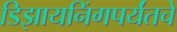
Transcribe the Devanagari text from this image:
डिझायनिंगपर्यंतचे